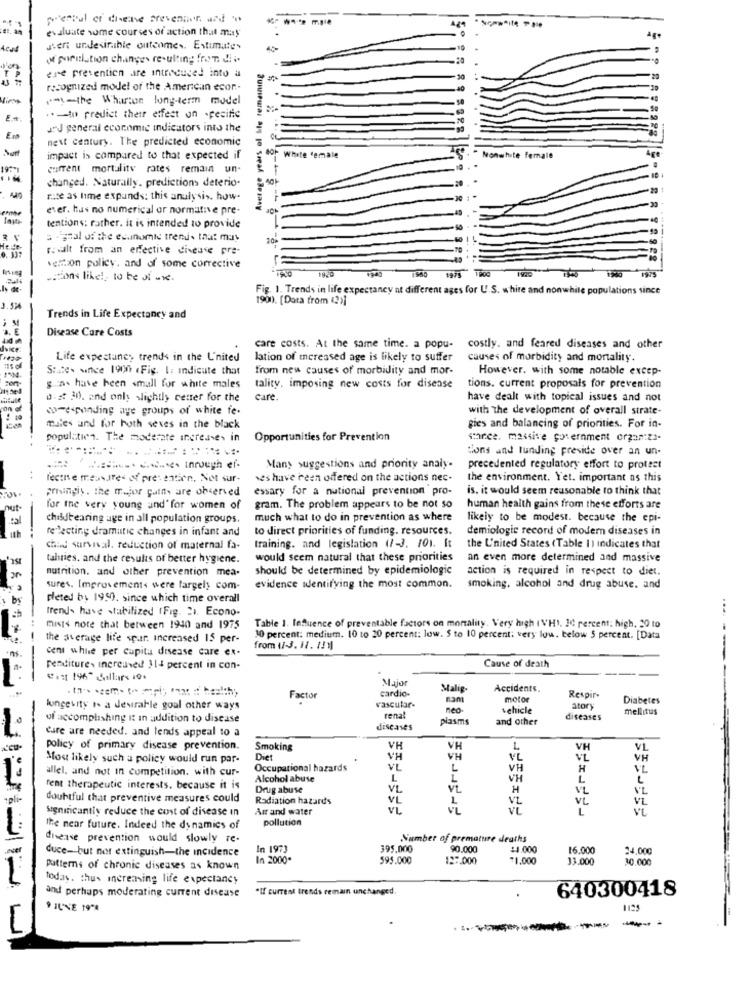
pererful of disease prevention and co
evaluate some courses of action that may
Acad
J'en undesirable outcomes. Estimates
of poweitistion changes resulting from dii.
ere prevention are introduced into a
Average years of ble remaining
recognized model of the American ecor-
ems-the Wharton long-term model
.. - to predict their effect on specific
JJ general economic indicators into the
Em
next century. The predicted economic
Not
impact is compared to that expected if
Bor White 'emale
" Nonwhite female
current mortality rates remain un-
changed. Naturally. predictions deterio.
rute as lime expands: this analysis. how-
ever. has no numerical or normative pre-
tentions: rather. it is intended to provide
5 -igral of the esunomid trends that may
result from an effective disease pre-
velition policy. and of some corrective
.cons like !, to be di .v.
1980
1975 00 1920
le de
Fig. 1. Trends in life expectancy at different ages for U.S. white and nonwhile populations since
1900. [Dara from (2)]
3. 596
; M
Trends in Life Expectancy and
Disease Care Costs
care costs. At the same time. a popu- costly. and feared diseases and other
Life expectancy trends in the L'nited
lation of increased age is likely to suffer
causes of morbidity and mortality.
States since 1900 .Fig. 1. Indicate that
from new causes of morbidity and mor-
However. with some notable excep-
g.n. have been small for white males
tality. imposing new costs for disease
tions. current proposals for prevention
0.2: 30). and only slightly center for the
care.
have dealt with topical issues and not
co-expanding age groups of white fe-
with The development of overall strate-
males and for both seves in the black
gies and balancing of priorities. For in-
popul.tien. The moderate increases in
Opportunities for Prevention
storee. massive government organiza-
tions and lunding preside over an un-
Many suggestions and priority analy.
precedented regulatory effort to protest
fectie meus.Ifes of pre" entien, Net sur-
ses have been offered on the actions nec-
the environment. Yet. important as this
prisingis . the mejor patty are observed
essary for a national prevention pro-
is. it would seem reasonable to think that
nut
for the very young and' for women of
gram. The problem appears to be not so
human health gains from these efforts are
tal
childbearing age in all population groups.
much what to do in prevention as where
likely to be modest. because the epi-
reflecting dramatic changes in infant and
to direct priorities of funding. resources.
demiologie record of modern diseases in
chud survival. reduction of maternal fa-
training. and legislation (1-3. 101. It
the L'nited States (Table I) indicates that
tahries. and the results of better hygiene.
would seem natural that these priorities
an even more determined and massive
nutrition. and other prevention mea.
should be determined by epidemiologic
action is required in respect to diet.
sures. Improvements were largely com-
evidence identifying the most common.
smoking, alcohol and drug abuse. and
pleted by 1950. since which time overall
Trends have stabilized (Fig. 21. Econo-
mists note that between 1940 and 1975
Table 1. Influence of preventable factors on mortality. Very high I VH1. 10 percent: high, 20 to
the average life spar. increased 15 per-
30 percent: medium. 10 to 20 percent: low. $ to 10 percent: very low. below 5 percent. [Data
cent while per capita disease care ex-
from (1-3. 12. 121)
penditure, increased 314 percent in con-
Cause of death
Major
cardio-
Malig-
Accidents,
Factor
vascular-
motor
Respir-
Diabetes
longevity I. a desirable goal other ways
neo-
vehicle
stor
mellitus
of accomplishing it in addition to disease
renal
plasms
and other
diseases
diseases
care are needed, and lends appeal to a
policy of primary disease prevention.
Smoking
VH
VH
VH
VL
Most likely such a policy would run par-
Diet
VH
VH
VL
VH
Occupational hazards
VL
L
VH
H
VL
allel. and not in competition. with cur-
Alcohol abuse
L
L
VH
L
fent therapeutic interests. because it is
Drug abuse
VL
VL
H
VL
VL
pli-
doubtful that preventive measures could
Radiation hazards
VL
VL
VL
VL
Significantly reduce the cost of disease in
Air and water
VL
VL
VL
L
pollution
the near future. Indeed the dynamics of
disease prevention would slowly re.
Number of premature deaths
„ecef
duce- but not extinguish-the incidence
In 1973
395.000
90.000
:4.000
16.000
24,000
In 2000.
595.000
127.000
71.000
33.000
30.000
Patterns of chronic diseases as known
today. thus increasing life expectancy
"If current trends remain unchanged.
640300418
and perhaps moderating current disease
9 JUNE 19"%
1125